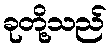
ခုတို့သည်